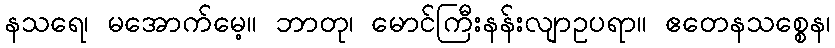
နသရေ၊ မအောက်မေ့။ ဘာတု၊ မောင်ကြီးနန်းလျာဥပရာ။ ဧတေနသစ္စေန၊